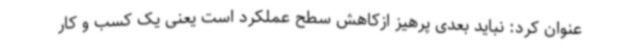
عنوان کرد: نباید بعدی پرهیز ازکاهش سطح عملکرد است یعنی یک کسب و کار